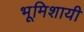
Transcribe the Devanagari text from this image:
भूमिशायी